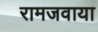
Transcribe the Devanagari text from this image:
रामजवाया